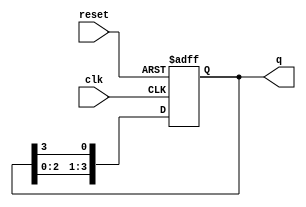
module bistable_ring_counter #(parameter N = 4) (
    input wire clk,           // Clock Input
    input wire reset,         // Reset Input
    output reg [N-1:0] q     // Output state of the counter
);

    // Sequential logic for the ring counter
    always @(posedge clk or posedge reset) begin
        if (reset) begin
            // Initialize the counter to a known state (e.g., 1000 for N=4)
            q <= 1'b1 << (N-1); // Set the MSB to 1 and others to 0
        end else begin
            // Shift the bits in the ring configuration
            q <= {q[N-2:0], q[N-1]};
        end
    end
endmodule